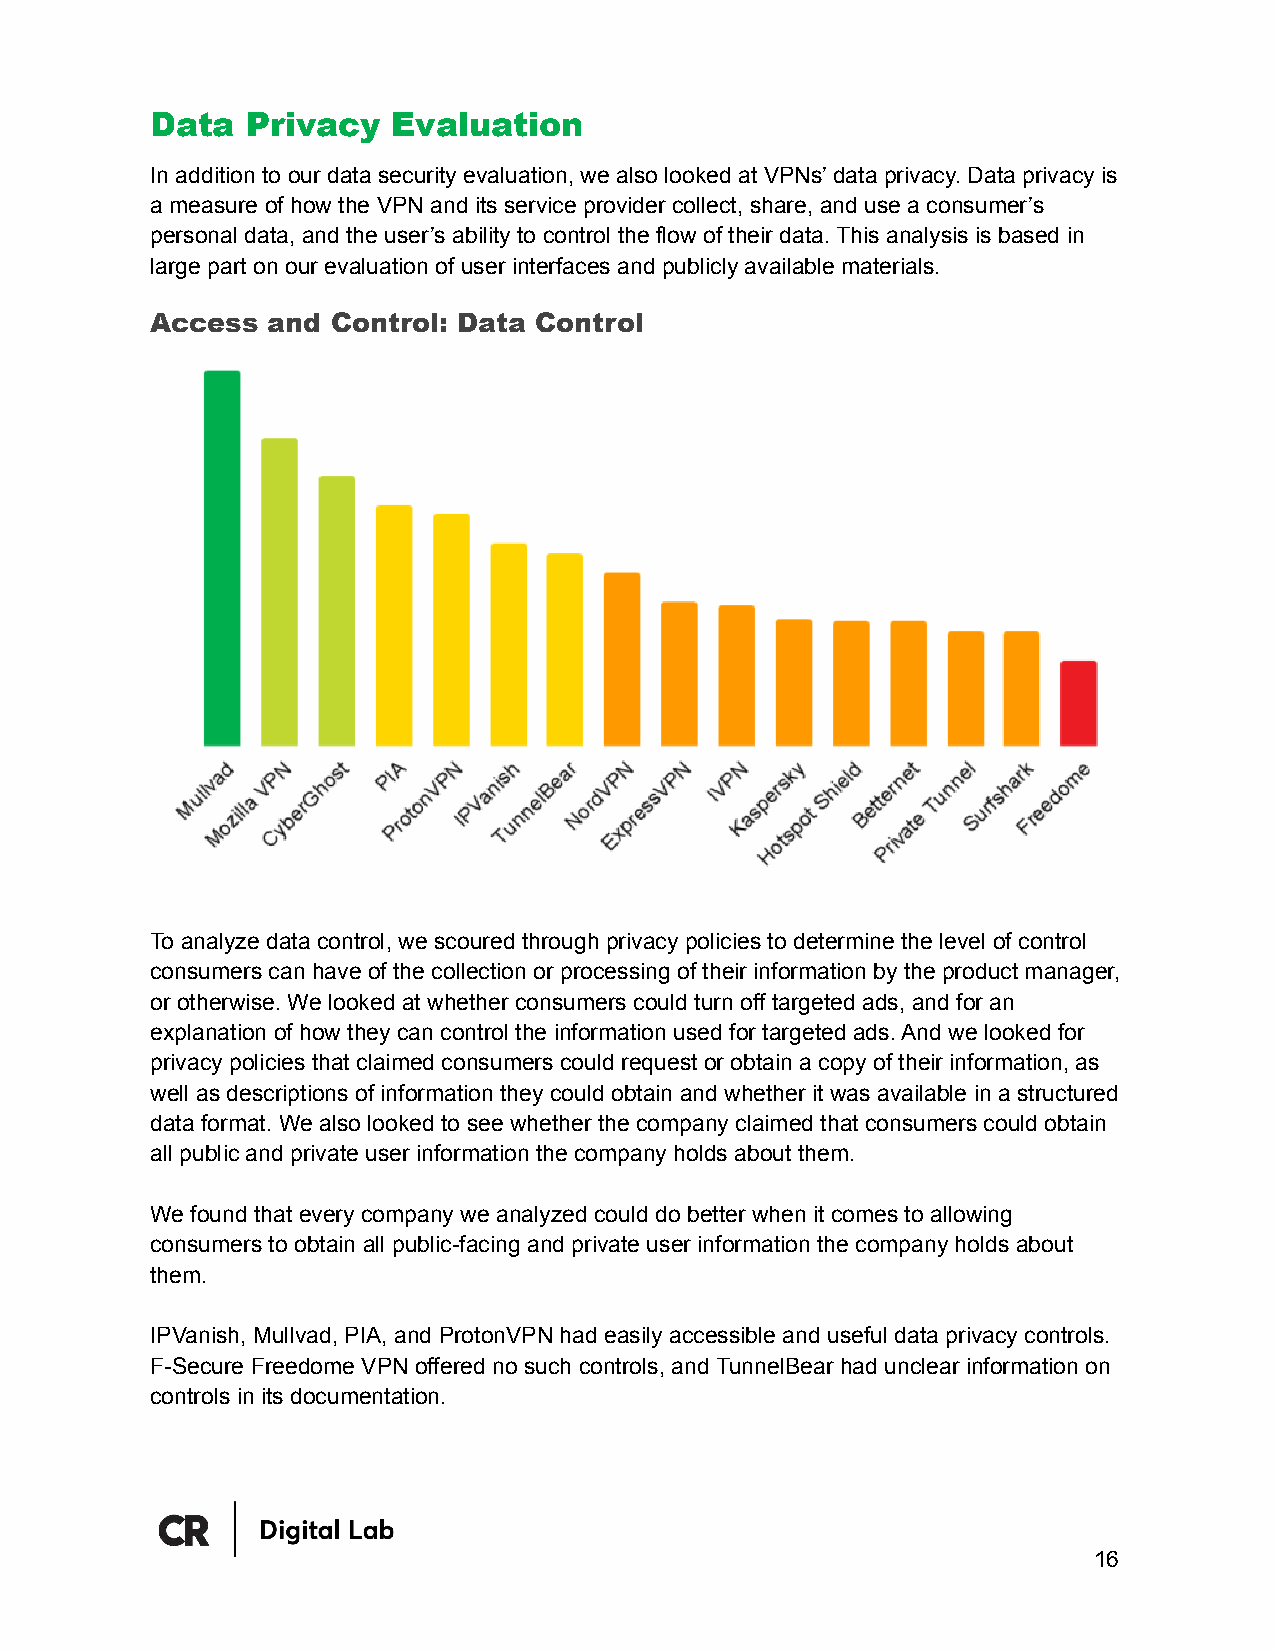
Data  Privacy   Evaluation
 In addition to our data security evaluation, we also looked at VPNs’ data privacy. Data privacy is
 a measure of how the VPN and its service provider collect, share, and use a consumer’s
 personal data, and the user’s ability to control the flow of their data. This analysis is based in
 large part on our evaluation of user interfaces and publicly available materials.
 Access  and Control: Data Control
 To analyze data control, we scoured through privacy policies to determine the level of control
 consumers can have of the collection or processing of their information by the product manager,
 or otherwise. We looked at whether consumers could turn off targeted ads, and for an
 explanation of how they can control the information used for targeted ads. And we looked for
 privacy policies that claimed consumers could request or obtain a copy of their information, as
 well as descriptions of information they could obtain and whether it was available in a structured
 data format. We also looked to see whether the company claimed that consumers could obtain
 all public and private user information the company holds about them.
 We found that every company we analyzed could do better when it comes to allowing
 consumers to obtain all public-facing and private user information the company holds about
 them.
 IPVanish, Mullvad, PIA, and ProtonVPN had easily accessible and useful data privacy controls.
 F-Secure Freedome VPN offered no such controls, and TunnelBear had unclear information on
 controls in its documentation.
 16